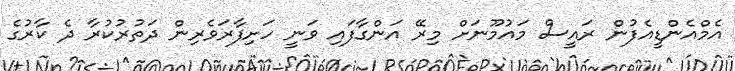
އެމްއެންޑީއެފުން ރައީސް މައުމޫނަށް މިރޭ އަންގާފައި ވަނީ ހަށިފާރަވެރިން ދަތުރުކުރާ ދެ ކާރުގެ